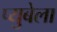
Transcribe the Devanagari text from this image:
प्युबेला